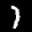
Label: 1